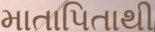
માતાપિતાથી